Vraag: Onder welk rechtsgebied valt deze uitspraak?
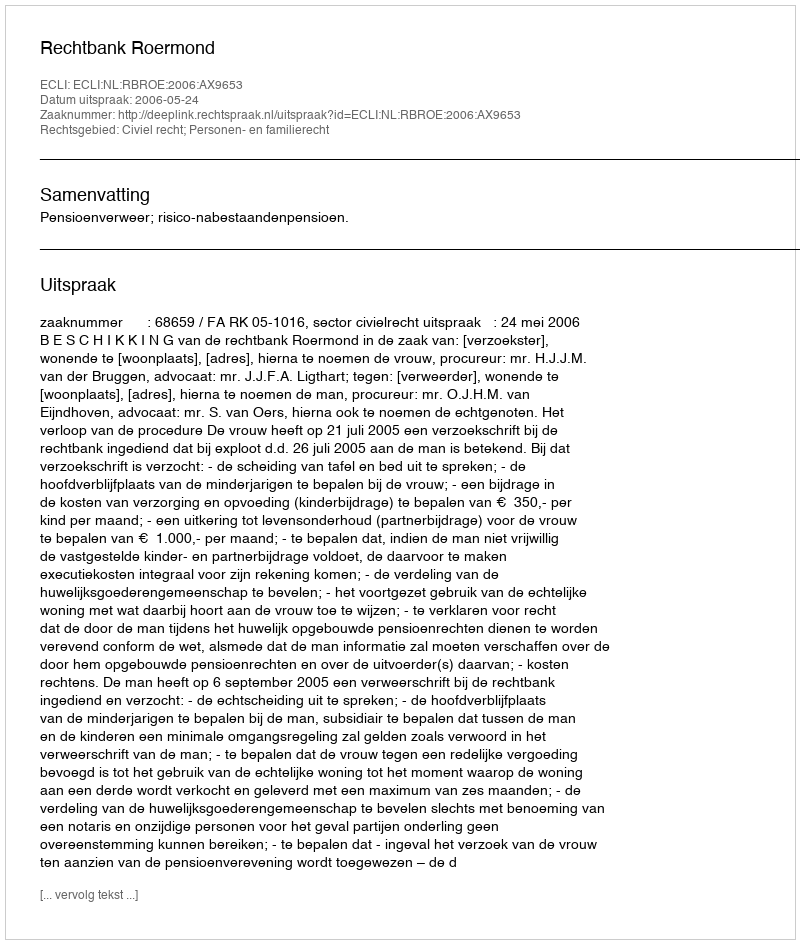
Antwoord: Civiel recht; Personen- en familierecht